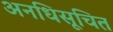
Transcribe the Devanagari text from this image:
अनधिसूचित